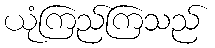
ယုံကြည်ကြသည်